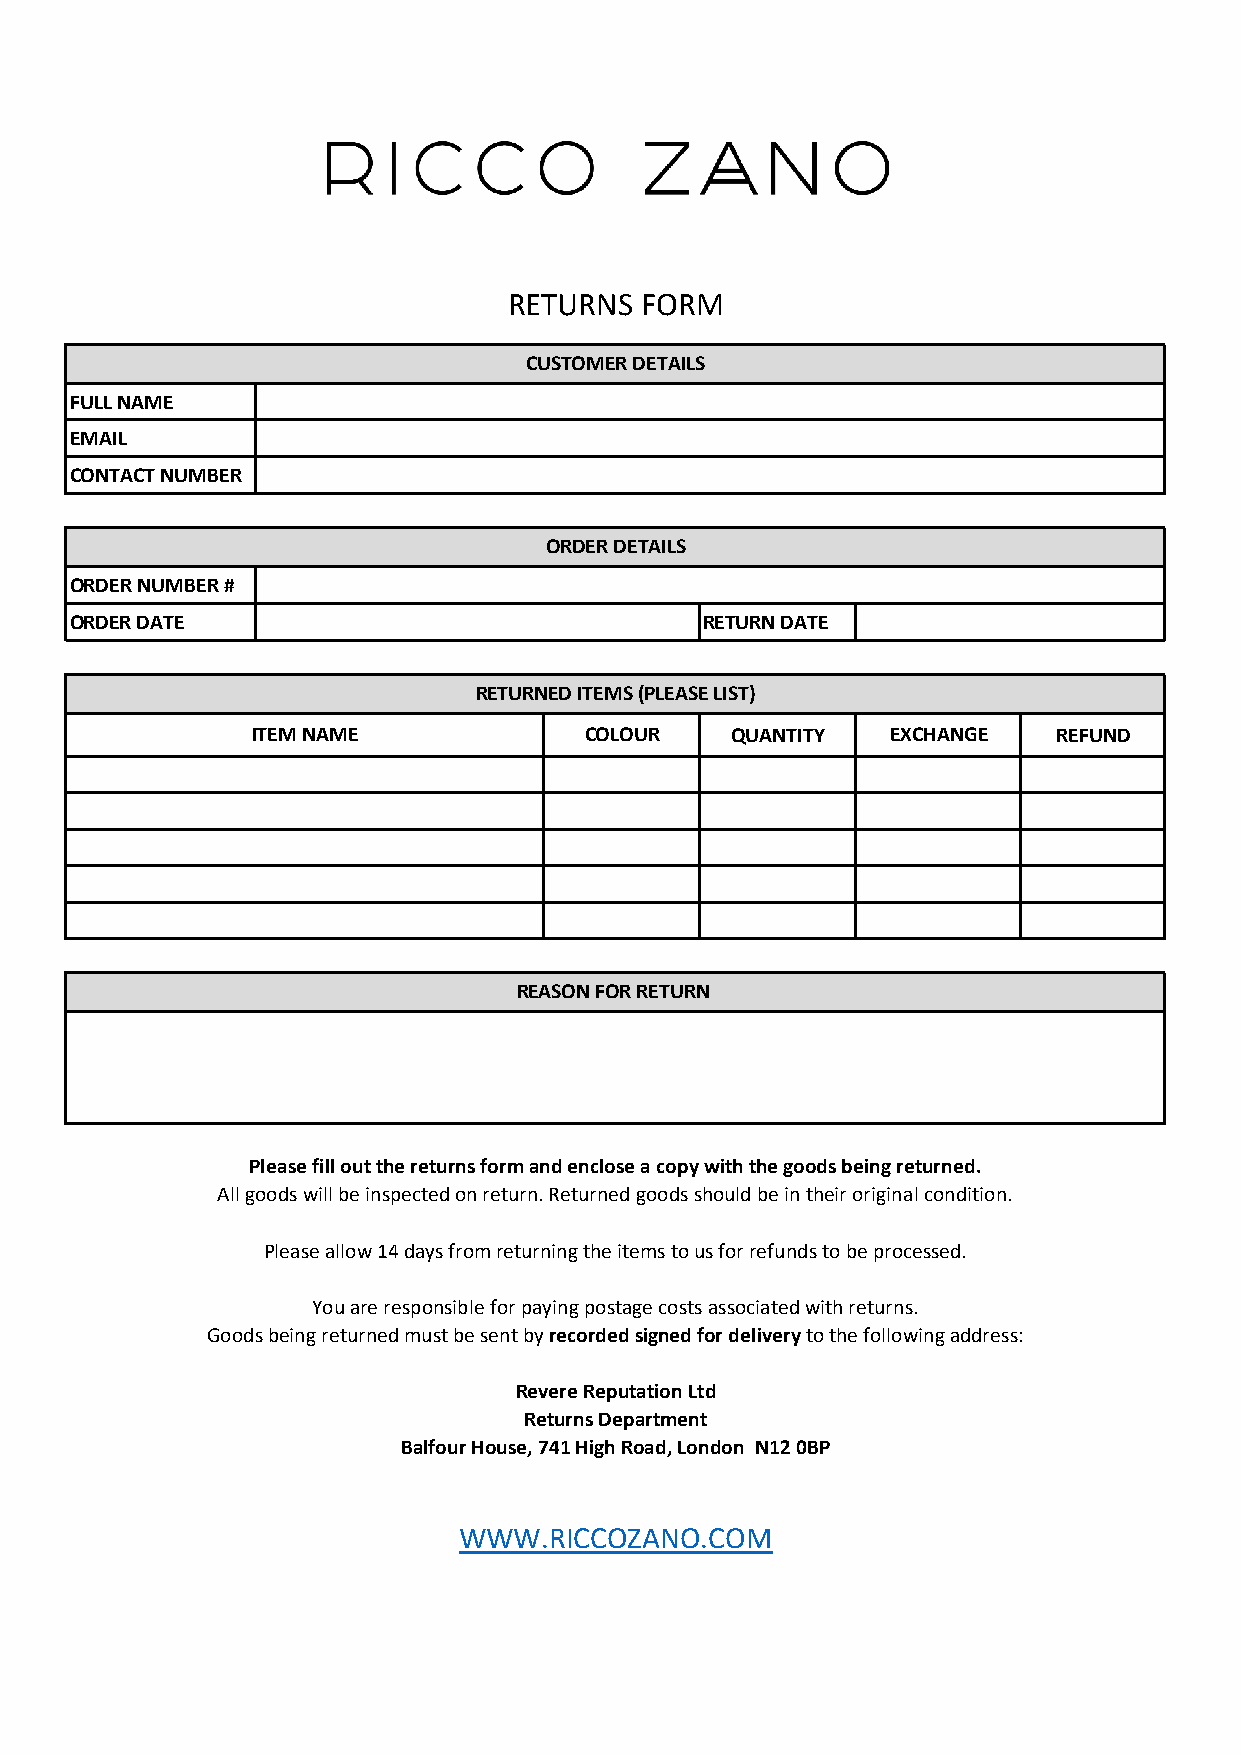
RETURNS FORM
 CUSTOMER DETAILS
 FULL NAME
 EMAIL
 CONTACT NUMBER
 ORDER DETAILS
 ORDER NUMBER #
 ORDER DATE                                RETURN DATE
 RETURNED ITEMS (PLEASE LIST)
 ITEM NAME             COLOUR   QUANTITY   EXCHANGE   REFUND
 REASON FOR RETURN
 Please fill out the returns form and enclose a copy with the goods being returned.
 All goods will be inspected on return. Returned goods should be in their original condition.
 Please allow 14 days from returning the items to us for refunds to be processed.
 You are responsible for paying postage costs associated with returns.
 Goods being returned must be sent by recorded signed for delivery to the following address:
 Revere Reputation Ltd
 Returns Department
 Balfour House, 741 High Road, London N12 0BP
 WWW.RICCOZANO.COM